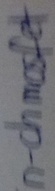
Text: n-chmosfet